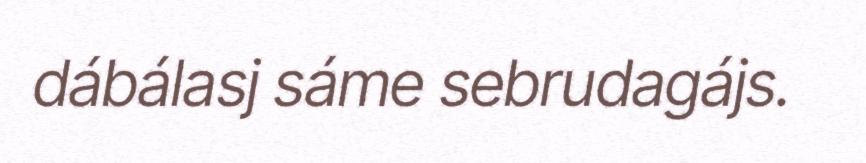
dábálasj sáme sebrudagájs.